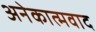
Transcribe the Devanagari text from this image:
अनेकात्मवाद